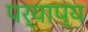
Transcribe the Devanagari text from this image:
पर्याप्य